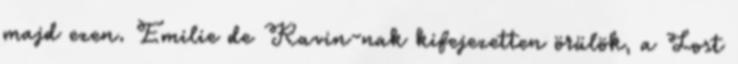
majd ezen. Emilie de Ravin-nak kifejezetten örülök, a Lost